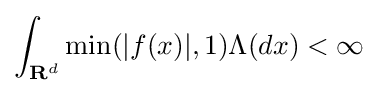
\int _{{\textbf {R}}^{d}}\min(|f(x)|,1)\Lambda (dx)<\infty